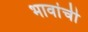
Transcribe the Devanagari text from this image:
भावांची